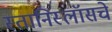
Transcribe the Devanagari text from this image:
स्तानिस्लॉसचे